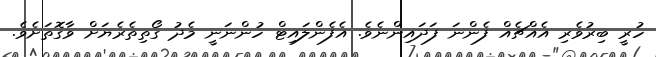
ހުރީ ބިރުވެރި އެއްޗެއް ފެންނަ ފަދައިންނެވެ. އެފެންލައިޓް ހުންނަނީ މެދު ގޯތިތެރެޔަށް ވާގޮތަށެވެ.